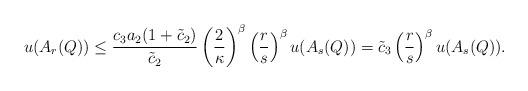
LaTeX: \begin{align*}u(A_r(Q))\leq \frac {c_3a_2(1+\tilde c_2)}{\tilde c_2}\left(\frac{2}{\kappa}\right)^{\beta}\left(\frac{r}{s}\right)^{\beta}u(A_{s}(Q))=\tilde c_3 \left(\frac{r}{s}\right)^{\beta}u(A_{s}(Q)). \end{align*}